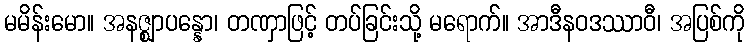
မမိန်းမော။ အနဇ္ဈာပန္နော၊ တဏှာဖြင့် တပ်ခြင်းသို့ မရောက်။ အာဒီနဝဒဿာဝီ၊ အပြစ်ကို